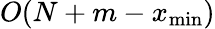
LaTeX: O(N+m-x_{\operatorname*{min}})